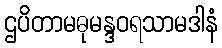
ဌပိတာမဓုမန္ဒဝရသာမဒါနံ